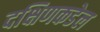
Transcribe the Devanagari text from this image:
दक्षिणकडेल